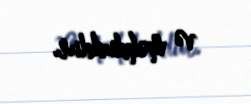
və məhduddur.